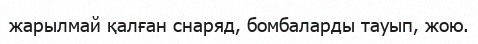
жарылмай қалған снаряд, бомбаларды тауып, жою.